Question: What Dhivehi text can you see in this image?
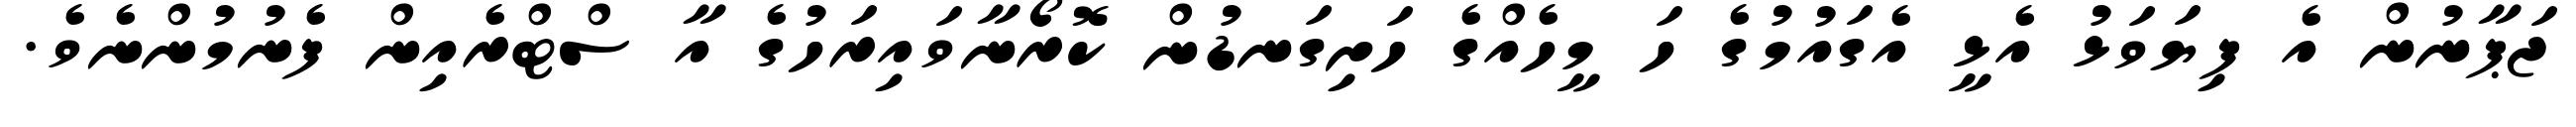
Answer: ޖަޕާނުން އެ ފިޔަވަޅު އެޅީ އެގައުމުގެ ހަ މީހެއްގެ ހަށިގަނޑުން ކޮރޯނާވައިރަހުގެ އާ ސްޓްރެއިން ފެނުމުންނެވެ.